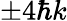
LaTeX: \pm 4\hbar k